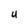
Character: U